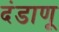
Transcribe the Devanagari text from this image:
दंडाणू